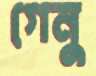
গেনু